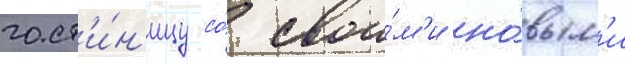
гост'и́н'ицу со́ свои́м'и но́вым'и